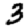
Digit: 3